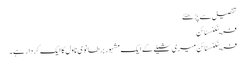
تفصیل سے پڑھئے
فرینکنسٹائن
فرینکنسٹائن میری شیلے کے ایک مشہور برطانوی ناول کا ایک کردار ہے۔